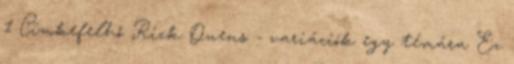
1 Címkefelhő Rick Owens - variációk egy témára Ez